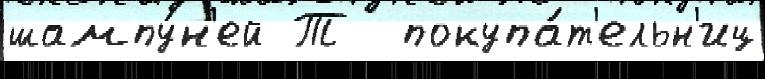
шампу́н'ей Т  покупа́т'ельн'иц